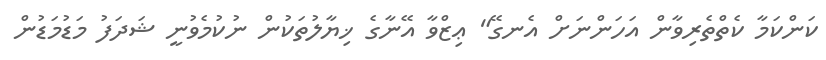
ކަންކަމާ ކެތްތެރިވާން އަހަންނަށް އެނގޭ" ޢިޒްވާ އޭނާގެ ޚިޔާލުތަކުން ނުކުމެވުނީ ޝަދަފު މަޑުމަޑުން